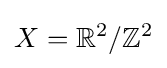
X=\mathbb {R} ^{2}/\mathbb {Z} ^{2}